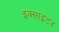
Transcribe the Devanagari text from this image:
इक्साइटर